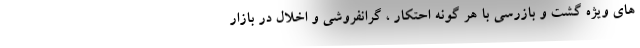
های ویژه گشت و بازرسی با هر گونه احتکار ، گرانفروشی و اخلال در بازار